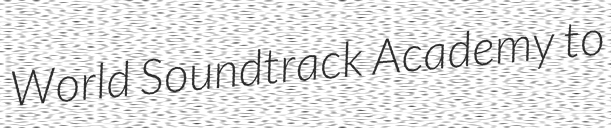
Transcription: World Soundtrack Academy to